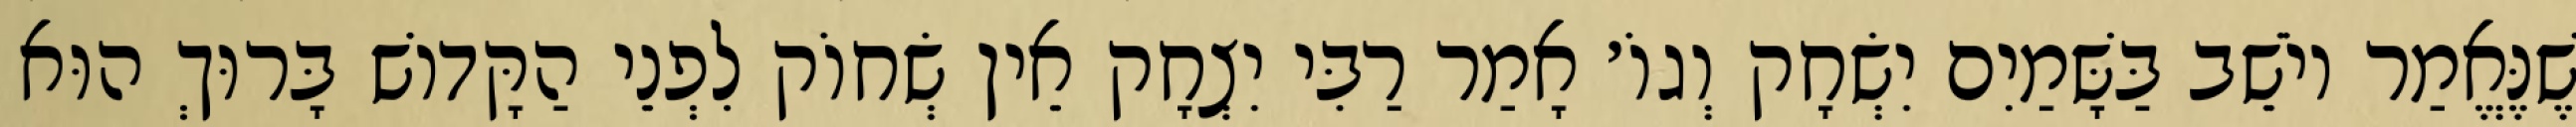
שֶׁנֶּאֱמַר יוֹשֵׁב בַּשָּׁמַיִם יִשְׂחָק וְגוֹ׳ אָמַר רַבִּי יִצְחָק אֵין שְׂחוֹק לִפְנֵי הַקָּדוֹשׁ בָּרוּךְ הוּא